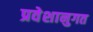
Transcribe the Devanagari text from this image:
प्रवेशानुगत